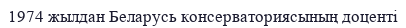
1974 жылдан Беларусь консерваториясының доценті